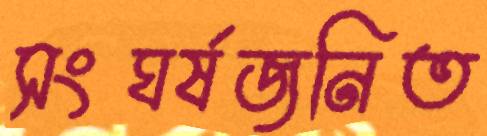
সংঘর্ষজনিত